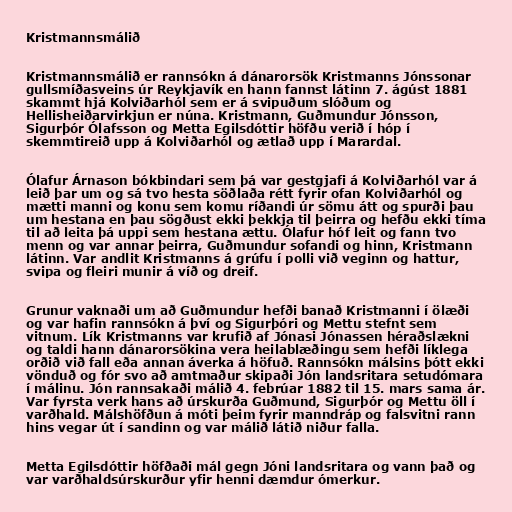
Kristmannsmálið

Kristmannsmálið er rannsókn á dánarorsök Kristmanns Jónssonar
gullsmíðasveins úr Reykjavík en hann fannst látinn 7. ágúst 1881
skammt hjá Kolviðarhól sem er á svipuðum slóðum og
Hellisheiðarvirkjun er núna. Kristmann, Guðmundur Jónsson,
Sigurþór Ólafsson og Metta Egilsdóttir höfðu verið í hóp í
skemmtireið upp á Kolviðarhól og ætlað upp í Marardal.

Ólafur Árnason bókbindari sem þá var gestgjafi á Kolviðarhól var á
leið þar um og sá tvo hesta söðlaða rétt fyrir ofan Kolviðarhól og
mætti manni og konu sem komu ríðandi úr sömu átt og spurði þau
um hestana en þau sögðust ekki þekkja til þeirra og hefðu ekki tíma
til að leita þá uppi sem hestana ættu. Ólafur hóf leit og fann tvo
menn og var annar þeirra, Guðmundur sofandi og hinn, Kristmann
látinn. Var andlit Kristmanns á grúfu í polli við veginn og hattur,
svipa og fleiri munir á víð og dreif.

Grunur vaknaði um að Guðmundur hefði banað Kristmanni í ölæði
og var hafin rannsókn á því og Sigurþóri og Mettu stefnt sem
vitnum. Lík Kristmanns var krufið af Jónasi Jónassen héraðslækni
og taldi hann dánarorsökina vera heilablæðingu sem hefði líklega
orðið við fall eða annan áverka á höfuð. Rannsókn málsins þótt ekki
vönduð og fór svo að amtmaður skipaði Jón landsritara setudómara
í málinu. Jón rannsakaði málið 4. febrúar 1882 til 15. mars sama ár.
Var fyrsta verk hans að úrskurða Guðmund, Sigurþór og Mettu öll í
varðhald. Málshöfðun á móti þeim fyrir manndráp og falsvitni rann
hins vegar út í sandinn og var málið látið niður falla.

Metta Egilsdóttir höfðaði mál gegn Jóni landsritara og vann það og
var varðhaldsúrskurður yfir henni dæmdur ómerkur.